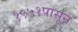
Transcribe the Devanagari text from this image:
१९५१पासून